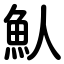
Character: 魜